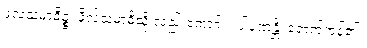
ဖလသမာဓိဉ္စ၊ ဖိုလ်သမာဓိသို့ လည်းကောင်း။ ပါပုဏန္တိ၊ ရောက်ကုန်၏။